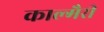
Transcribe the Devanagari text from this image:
काल्गैरी